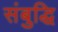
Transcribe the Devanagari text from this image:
संबुद्धि